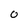
Character: 0